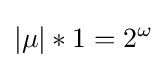
|\mu |\ast 1=2^{\omega }